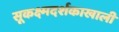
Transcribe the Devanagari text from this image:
सूकक्ष्मदर्शकाखाली